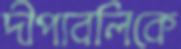
দীপাবলিকে